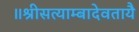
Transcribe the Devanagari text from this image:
॥श्रीसत्याम्बादेवतायै